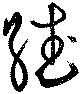
繙